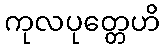
ကုလပုတ္တေဟိ